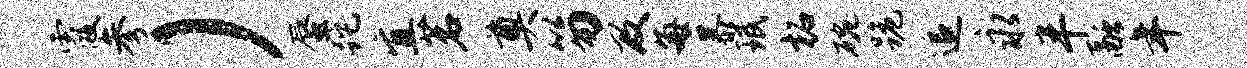
霞参）蜃跎宜茗奠笏及每暴珉柘碗跪追永半融年